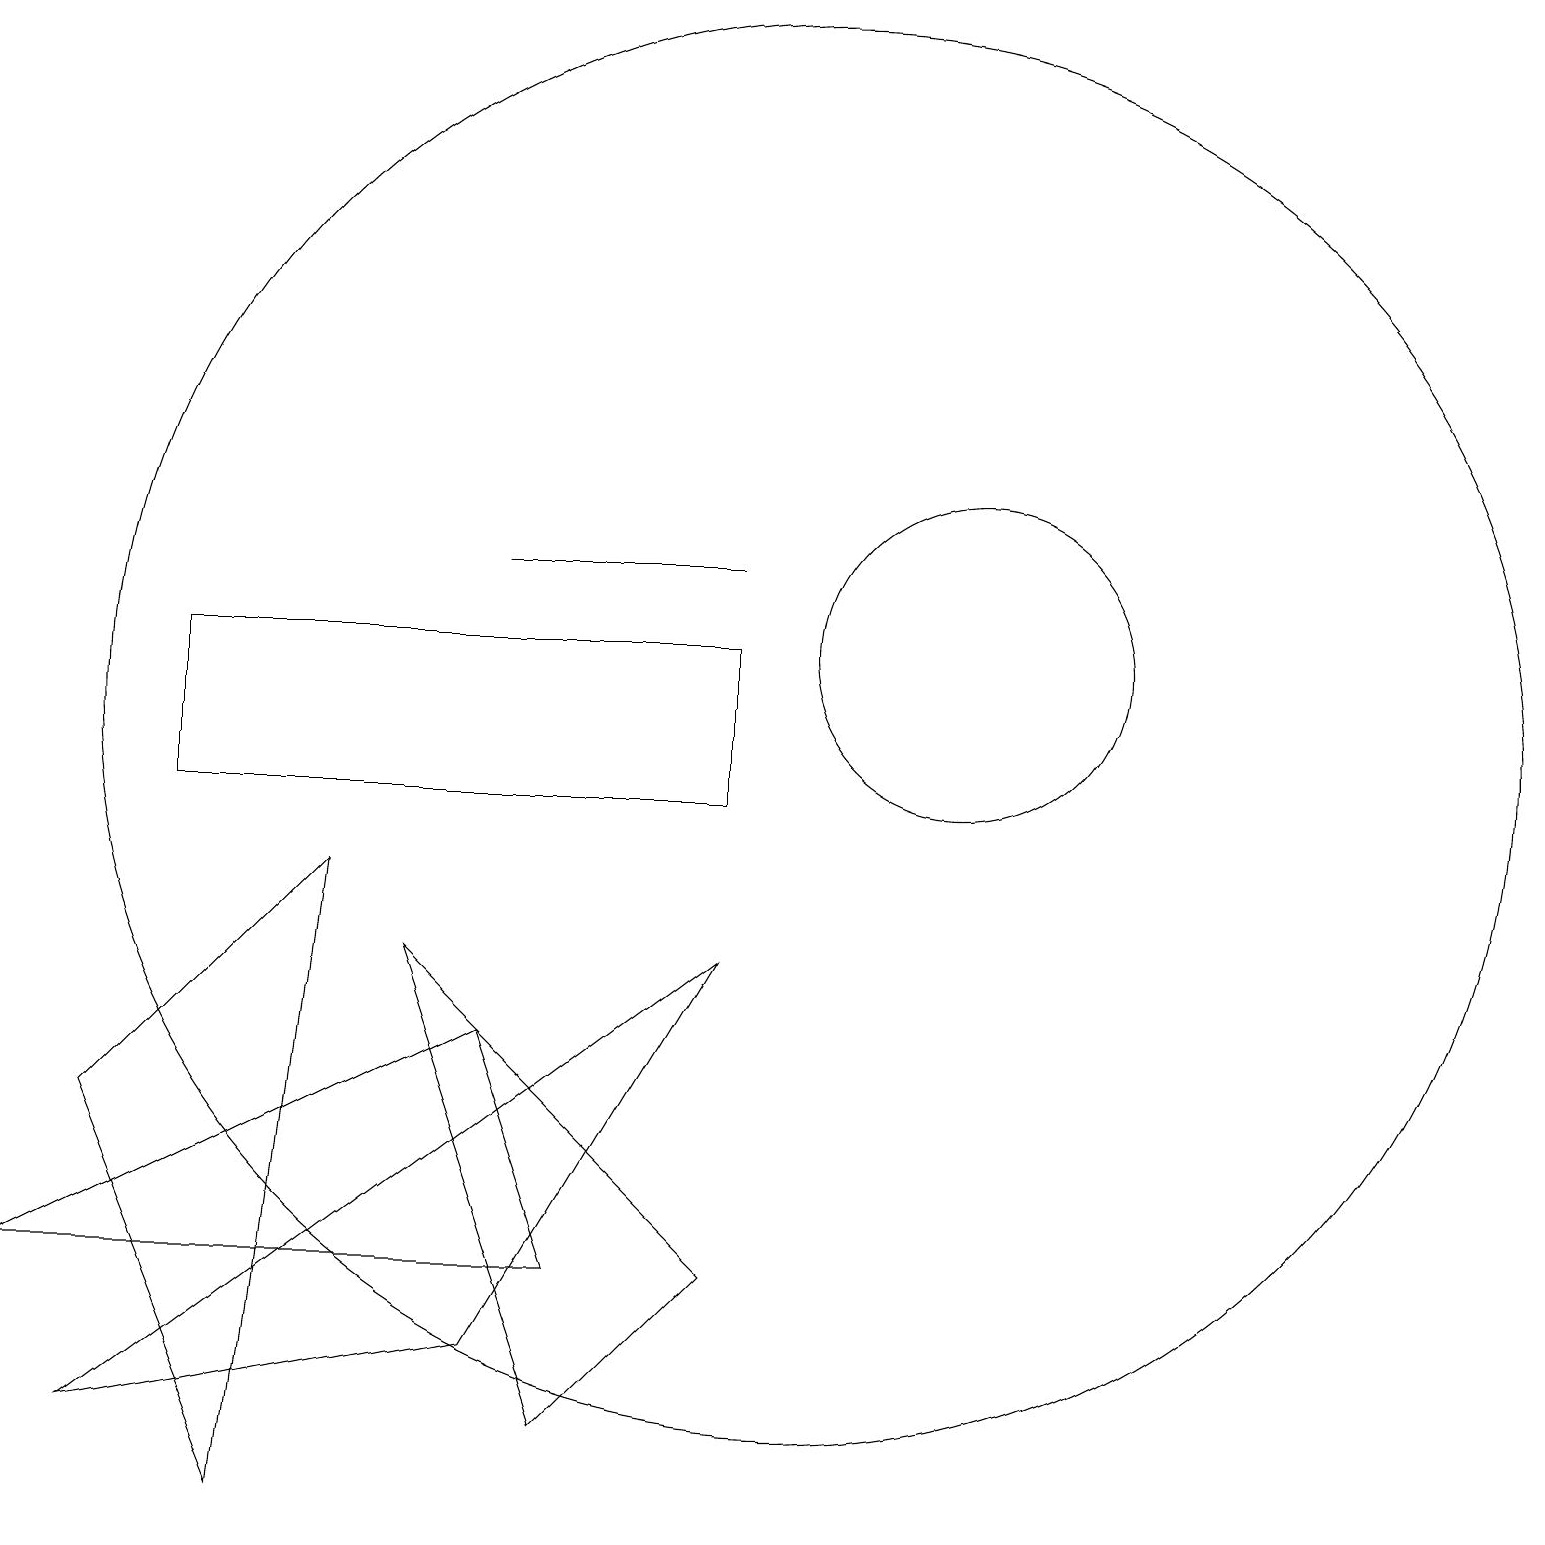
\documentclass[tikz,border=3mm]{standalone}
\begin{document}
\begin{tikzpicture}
\draw (12,12) circle (2);
\draw (7,4) -- (0,4) -- (6,7) -- cycle;
\draw (10,11) circle (9);
\draw (1,6) -- (3,1) -- (4,9) -- cycle;
\draw (9,13) rectangle (6,13);
\draw (9,12) rectangle (2,10);
\draw (7,2) -- (5,8) -- (9,4) -- cycle;
\draw (1,2) -- (6,3) -- (9,8) -- cycle;
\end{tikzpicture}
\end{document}